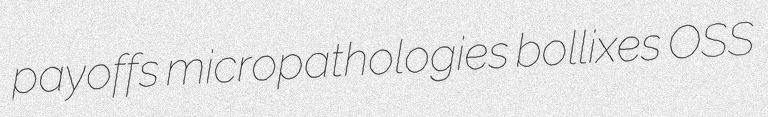
payoffs micropathologies bollixes OSS